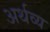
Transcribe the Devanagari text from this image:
अर्थव्य